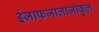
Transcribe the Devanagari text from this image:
ईजाफजालाजोकुल